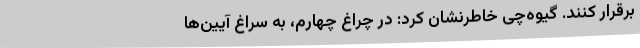
برقرار کنند. گیوه‌چی خاطرنشان کرد: در چراغ چهارم، به سراغ آیین‌ها